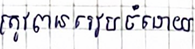
ត្រូវបានរៀបចំដោយ